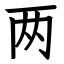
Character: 两